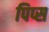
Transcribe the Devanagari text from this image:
पिप्स